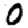
Digit: 0